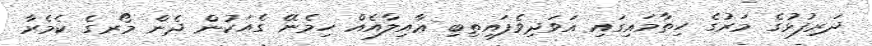
ދަރިފުޅުގެ މަރުގެ ހިތާމައިގައި އަވަދިވެފައިތިބި ޢާއިލާއެއް ހިމެނޭ ގެއަކުން ދެން މޯރގެ ކެމެރާ